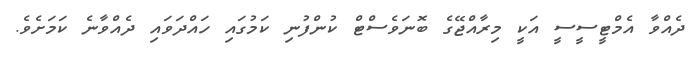
ދެއްވާ އެމްޓީސީސީ އަކީ މިރާއްޖޭގެ ބޮނަވެސްޓް ކުންފުނި ކަމުގައި ހައްދަވައި ދެއްވާނެ ކަމަށެވެ.